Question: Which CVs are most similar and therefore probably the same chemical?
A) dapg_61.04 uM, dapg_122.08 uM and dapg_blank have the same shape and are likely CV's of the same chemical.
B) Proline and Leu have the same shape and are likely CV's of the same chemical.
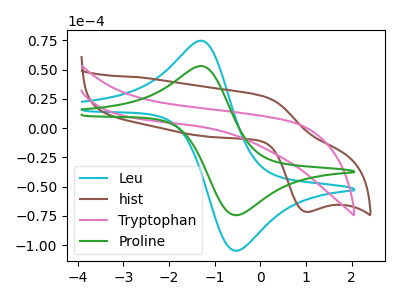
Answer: <think>The cyan curve "Leu" has an anodic peak at (-1.25V, 74.55uA) and a cathodic peak at (-0.55V, -104.80uA). The brown curve "hist" has an anodic peak at (0.10V, 27.10uA) and a cathodic peak at (1.00V, -71.55uA). The pink curve "Tryptophan" has no peaks. The green curve "Proline" has an anodic peak at (-1.25V, 52.95uA) and a cathodic peak at (-0.55V, -74.40uA).
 "Leu" and "hist" have at least one peak that do not match. "Leu" and "Tryptophan" have a different number of peaks. All the peaks in "Leu" have a peak in "Proline" at the same potential. Every peak in "Leu" is higher than every peak in "Proline". "hist" and "Tryptophan" have a different number of peaks. "hist" and "Proline" have at least one peak that do not match. "Tryptophan" and "Proline" have a different number of peaks.</think>
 <answer>B) "Proline" and "Leu" have the same shape and are likely CV's of the same chemical.</answer>
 <eval>B</eval>